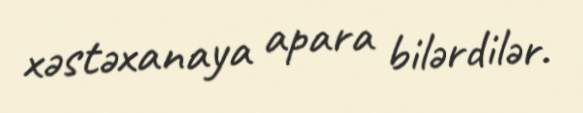
xəstəxanaya apara bilərdilər.